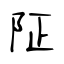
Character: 阷